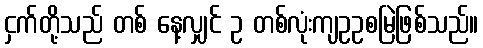
ငှက်တို့သည် တစ် နေ့လျှင် ဥ တစ်လုံးကျဥဥစမြဲဖြစ်သည်။